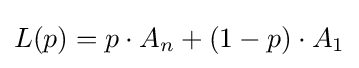
L(p)=p\cdot A_{n}+(1-p)\cdot A_{1}